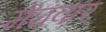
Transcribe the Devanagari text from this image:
मेंघवार